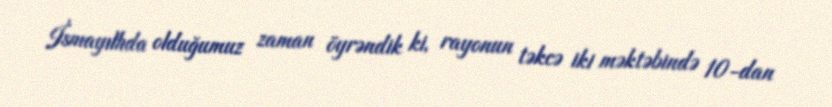
İsmayıllıda olduğumuz zaman öyrəndik ki, rayonun təkcə iki məktəbində 10-dan